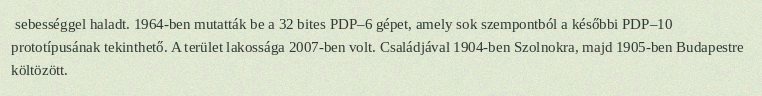
sebességgel haladt. 1964-ben mutatták be a 32 bites PDP–6 gépet, amely sok szempontból a későbbi PDP–10 prototípusának tekinthető. A terület lakossága 2007-ben volt. Családjával 1904-ben Szolnokra, majd 1905-ben Budapestre költözött.